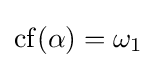
\operatorname {cf} (\alpha )=\omega _{1}